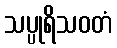
သပ္ပုရိသဝတံ